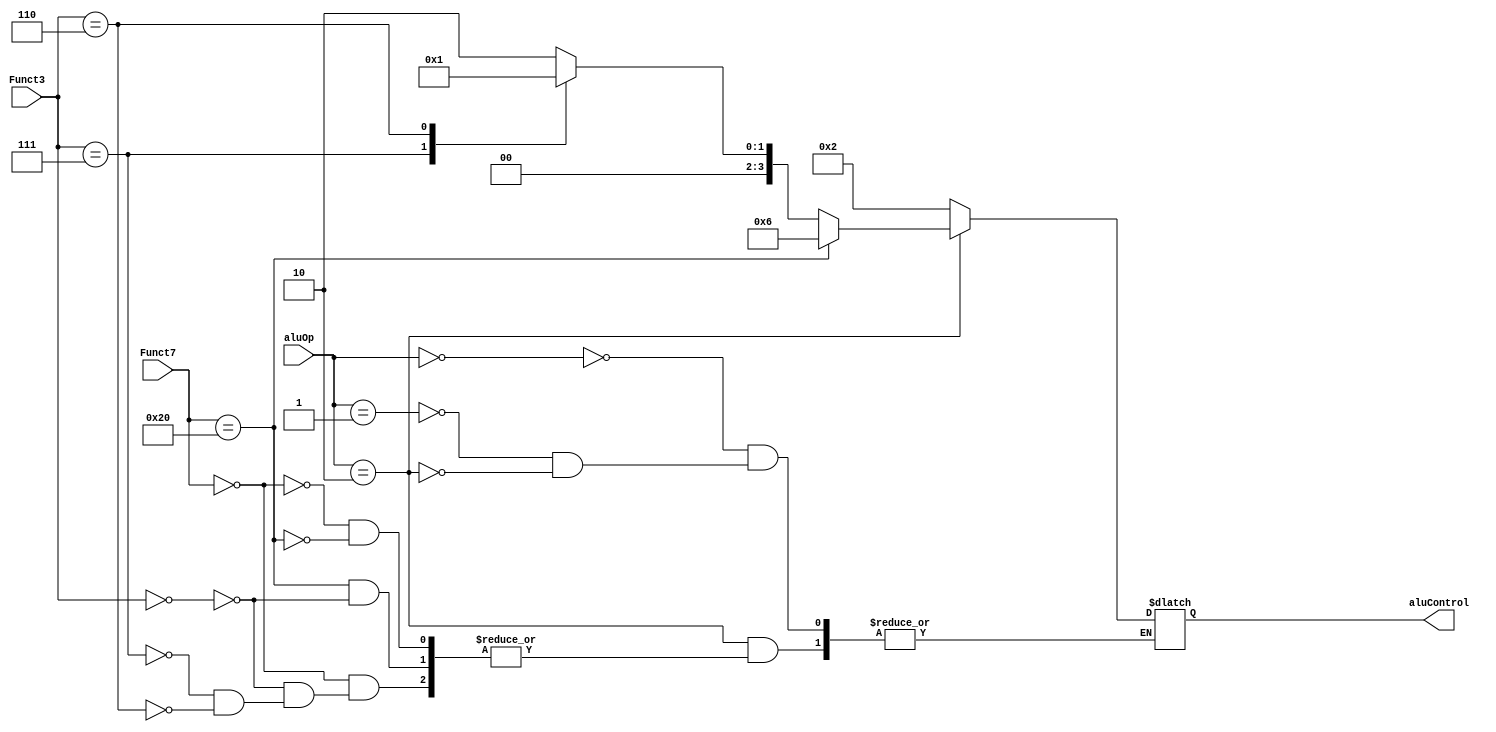
module alu_control(
    input [1:0] aluOp,
    input [6:0] Funct7,
    input [2:0] Funct3,
    output reg [3:0] aluControl
);

    // this ALU controller works only for provided table in the link: https://lms.khu.ac.ir/mod/resource/view.php?id=50107

    always @(aluOp, Funct7, Funct3)
        begin
            case (aluOp)
                2'b00: aluControl <= 4'b0010;
                2'b01: aluControl <= 4'b0010;
                2'b10:
                    begin
                        case (Funct7)
                            7'b0000000: begin
                                case (Funct3)
                                    3'b000: aluControl <= 4'b0010;
                                    3'b111: aluControl <= 4'b0000;
                                    3'b110: aluControl <= 4'b0001;
                                endcase
                            end
                            7'b0100000: begin
                                case (Funct3)
                                    3'b000: aluControl <= 4'b0110;
                                endcase
                            end
                        endcase
                    end
            endcase
        end
endmodule